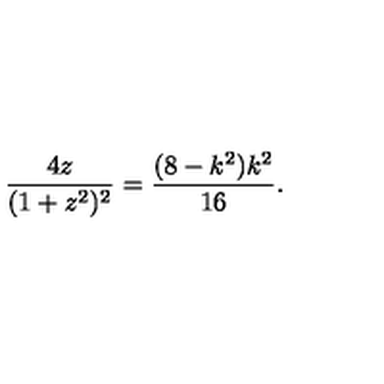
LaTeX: \frac { 4 z } { ( 1 + z ^ { 2 } ) ^ { 2 } } = \frac { ( 8 - k ^ { 2 } ) k ^ { 2 } } { 1 6 } .